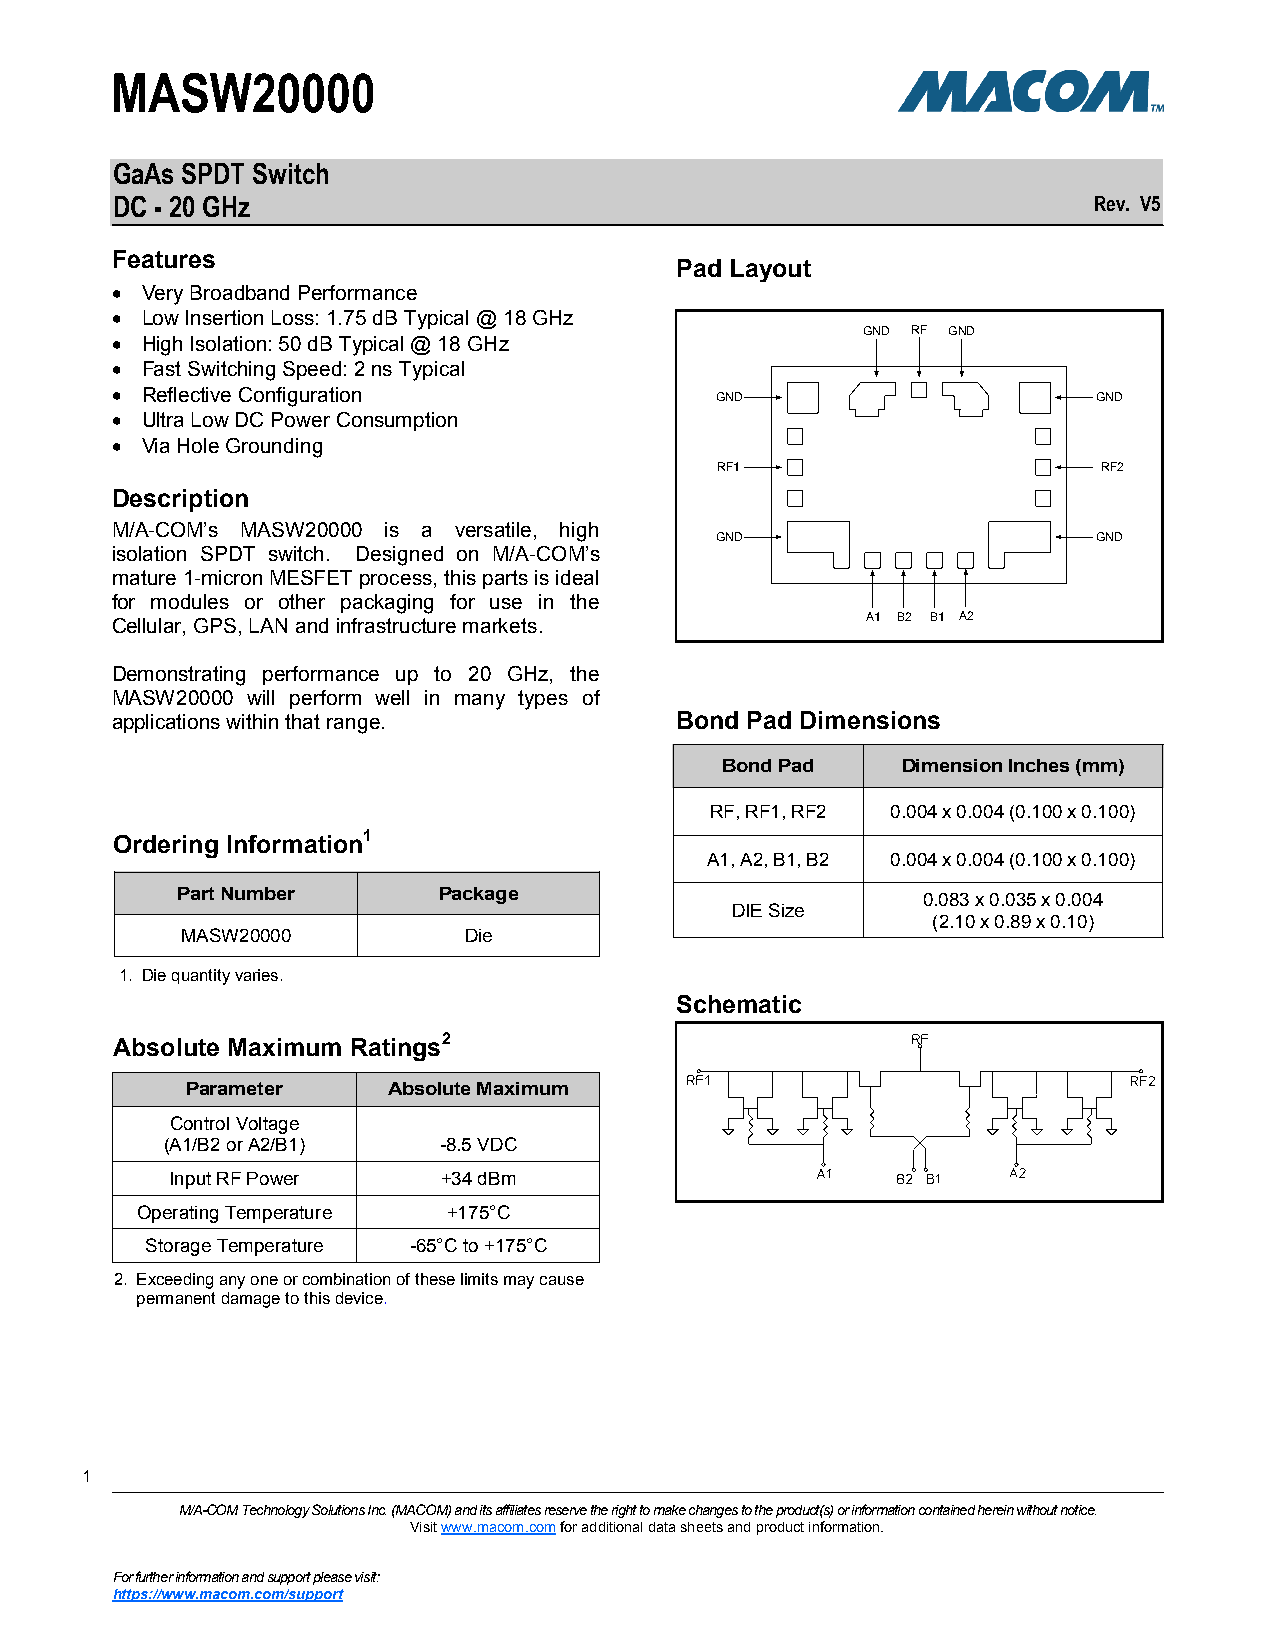
MASW20000
 GaAs SPDT Switch
 DC - 20 GHz                                                      Rev. V5
 Features
 Pad Layout
  Very Broadband Performance
  Low Insertion Loss: 1.75 dB Typical @ 18 GHz
 GND RF GND
  High Isolation: 50 dB Typical @ 18 GHz
  Fast Switching Speed: 2 ns Typical
  Reflective Configuration              GND                       GND
  Ultra Low DC Power Consumption
  Via Hole Grounding
 RF1                       RF2
 Description
 M/A-COM’s MASW20000 is a versatile, high
 GND                       GND
 isolation SPDT switch. Designed on M/A-COM’s
 mature 1-micron MESFET process, this parts is ideal
 for modules or other packaging for use in the
 Cellular, GPS, LAN and infrastructure markets.    A1 B2 B1 A2
 Demonstrating performance up to 20 GHz, the
 MASW20000 will perform well in many types of
 applications within that range.       Bond Pad Dimensions
 Bond Pad    Dimension Inches (mm)
 RF, RF1, RF2 0.004 x 0.004 (0.100 x 0.100)
 Ordering Information1
 A1, A2, B1, B2 0.004 x 0.004 (0.100 x 0.100)
 Part Number      Package
 0.083 x 0.035 x 0.004
 DIE Size
 (2.10 x 0.89 x 0.10)
 MASW20000          Die
 1. Die quantity varies.
 Schematic
 Absolute Maximum Ratings2
 Parameter     Absolute Maximum
 Control Voltage
 (A1/B2 or A2/B1)  -8.5 VDC
 Input RF Power    +34 dBm
 Operating Temperature +175°C
 Storage Temperature -65°C to +175°C
 2. Exceeding any one or combination of these limits may cause
 permanent damage to this device.
 111
 M/A-COM Technology Solutions Inc. (MACOM) and its affiliates reserve the right to make changes to the product(s) or information contained herein without notice.
 Visit www.macom.com for additional data sheets and product information.
 For further information and support please visit:
 https://www.macom.com/support